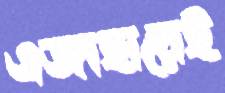
এজাহারেই